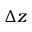
\Delta z